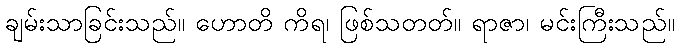
ချမ်းသာခြင်းသည်။ ဟောတိ ကိရ၊ ဖြစ်သတတ်။ ရာဇာ၊ မင်းကြီးသည်။